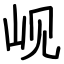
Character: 岘